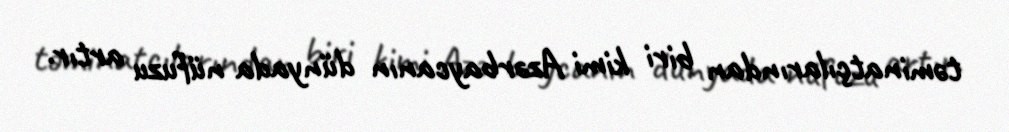
təminatçılarından biri kimi Azərbaycanın dünyada nüfuzu artır.